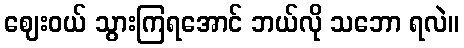
ဈေးဝယ် သွားကြရအောင် ဘယ်လို သဘော ရလဲ။